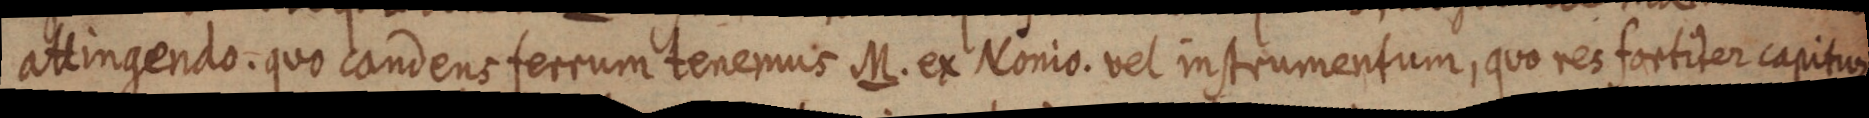
attingendo. quo candens ferrum tenemus M. ex Nonio. vel instrumentum, quo res fortiter capitur